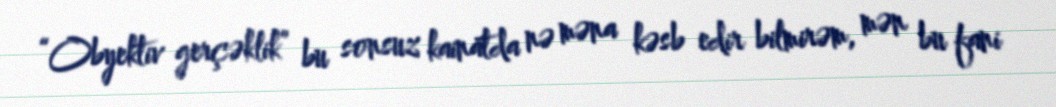
“Obyektiv gerçəklik” bu sonsuz kainatda nə məna kəsb edir bilmirəm, mən bu fani